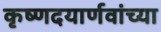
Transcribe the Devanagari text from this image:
कृष्णदयार्णवांच्या